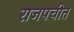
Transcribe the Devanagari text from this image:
राजपचीत